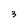
Character: 3